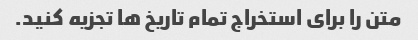
متن را برای استخراج تمام تاریخ ها تجزیه کنید.